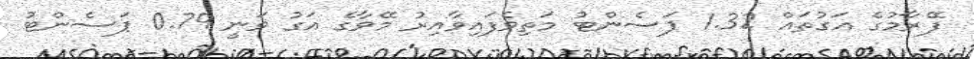
ފޭރާމުގެ އަގުތައް 1.32 ޕަސެންޓު މަތިވެފައިވާއިރު މޭވާގެ އަގު ވަނީ 0.79 ޕަސެންޓު